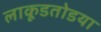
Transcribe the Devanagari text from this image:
लाकूडतोडया